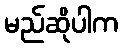
မည်ဆိုပါက